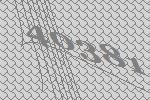
40381